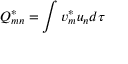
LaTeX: Q _ { m n } ^ { * } = \int v _ { m } ^ { * } u _ { n } d \tau